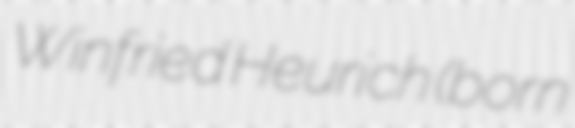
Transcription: Winfried Heurich (born